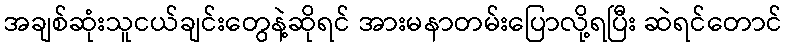
အချစ်ဆုံးသူငယ်ချင်းတွေနဲ့ဆိုရင် အားမနာတမ်းပြောလို့ရပြီး ဆဲရင်တောင်